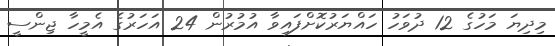
މިދިޔަ މަހުގެ 12 ދުވަހު ހައްޔަރުކޮށްފައިވާ އުމުރުން 24 އަހަރުގެ އެމީހާ ޖިންސީ